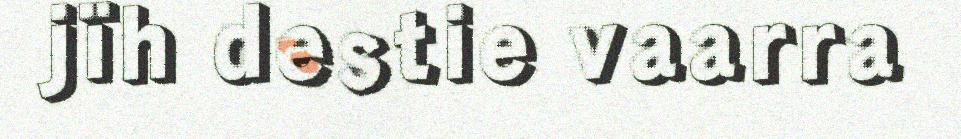
jïh destie vaarra